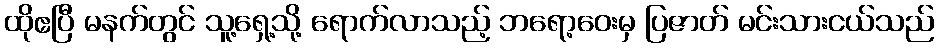
ထိုဧပြီ မနက်တွင် သူ့ရှေ့သို့ ရောက်လာသည့် ဘရော့ဝေးမှ ပြဇာတ် မင်းသားငယ်သည်